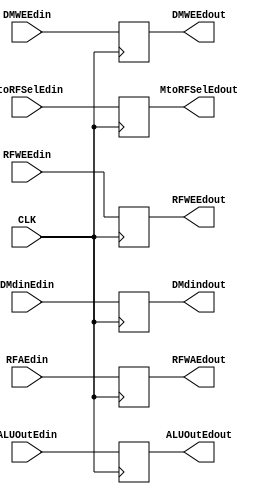
`timescale 1ns / 1ps

module ExecuteRegister(input CLK, 
                             RFWEEdin,
                             MtoRFSelEdin,
                             DMWEEdin,
                 input[31:0] DMdinEdin,
                             ALUOutEdin,
                  input[4:0] RFAEdin,
                  output reg RFWEEdout,
                             MtoRFSelEdout,
                             DMWEEdout,
           output reg [31:0] DMdindout,
                             ALUOutEdout,
            output reg [4:0] RFWAEdout);
              
always @(posedge CLK) begin
RFWEEdout <= RFWEEdin;
MtoRFSelEdout <= MtoRFSelEdin;
DMWEEdout <= DMWEEdin;
DMdindout <= DMdinEdin;
ALUOutEdout <= ALUOutEdin;
RFWAEdout <= RFAEdin;
end   

endmodule